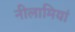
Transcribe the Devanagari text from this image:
नीलामियां